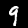
Digit: 9